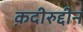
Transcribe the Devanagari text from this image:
क़दीरुद्दीन